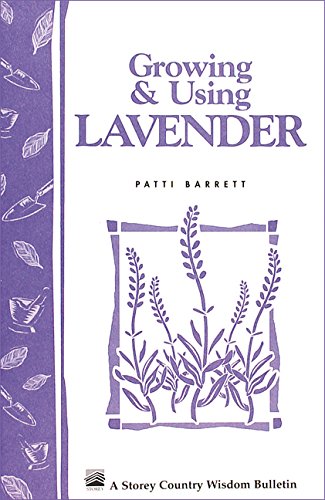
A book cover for Growing & Using Lavender: Storey's Country Wisdom Bulletin A-155 (Storey Publishing Bulletin, a-155); Patricia R. Barrett; Cookbooks, Food & Wine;